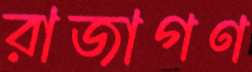
রাজাগণ